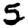
Digit: 5